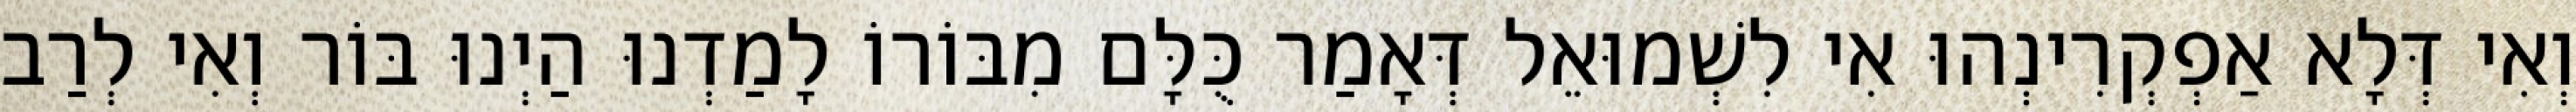
וְאִי דְּלָא אַפְקְרִינְהוּ אִי לִשְׁמוּאֵל דְּאָמַר כֻּלָּם מִבּוֹרוֹ לָמַדְנוּ הַיְנוּ בּוֹר וְאִי לְרַב